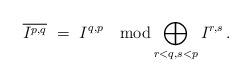
LaTeX: \begin{align*} \overline{I^{p,q}} \ = \ I^{q,p} \quad\hbox{mod} \bigoplus_{r<q,s<p} I^{r,s} \,.\end{align*}